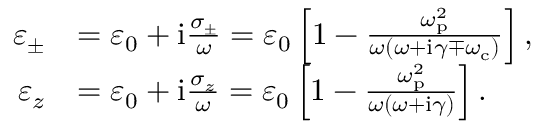
\begin{array} { r l } { \varepsilon _ { \pm } } & { = \varepsilon _ { 0 } + \mathrm { i } \frac { \sigma _ { \pm } } { \omega } = \varepsilon _ { 0 } \left[ 1 - \frac { \omega _ { \mathrm { p } } ^ { 2 } } { \omega ( \omega + \mathrm { i } \gamma \mp \omega _ { \mathrm { c } } ) } \right] , } \\ { \varepsilon _ { z } } & { = \varepsilon _ { 0 } + \mathrm { i } \frac { \sigma _ { z } } { \omega } = \varepsilon _ { 0 } \left[ 1 - \frac { \omega _ { \mathrm { p } } ^ { 2 } } { \omega ( \omega + \mathrm { i } \gamma ) } \right] . } \end{array}